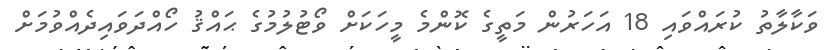
ވަކާލާތު ކުރައްވައި 18 އަހަރުން މަތީގެ ކޮންމެ މީހަކަށް ވޯޓުލުމުގެ ޙައްޤު ހޯއްދަވައިދެއްވުމަށް